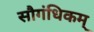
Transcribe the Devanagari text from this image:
सौगंधिकम्